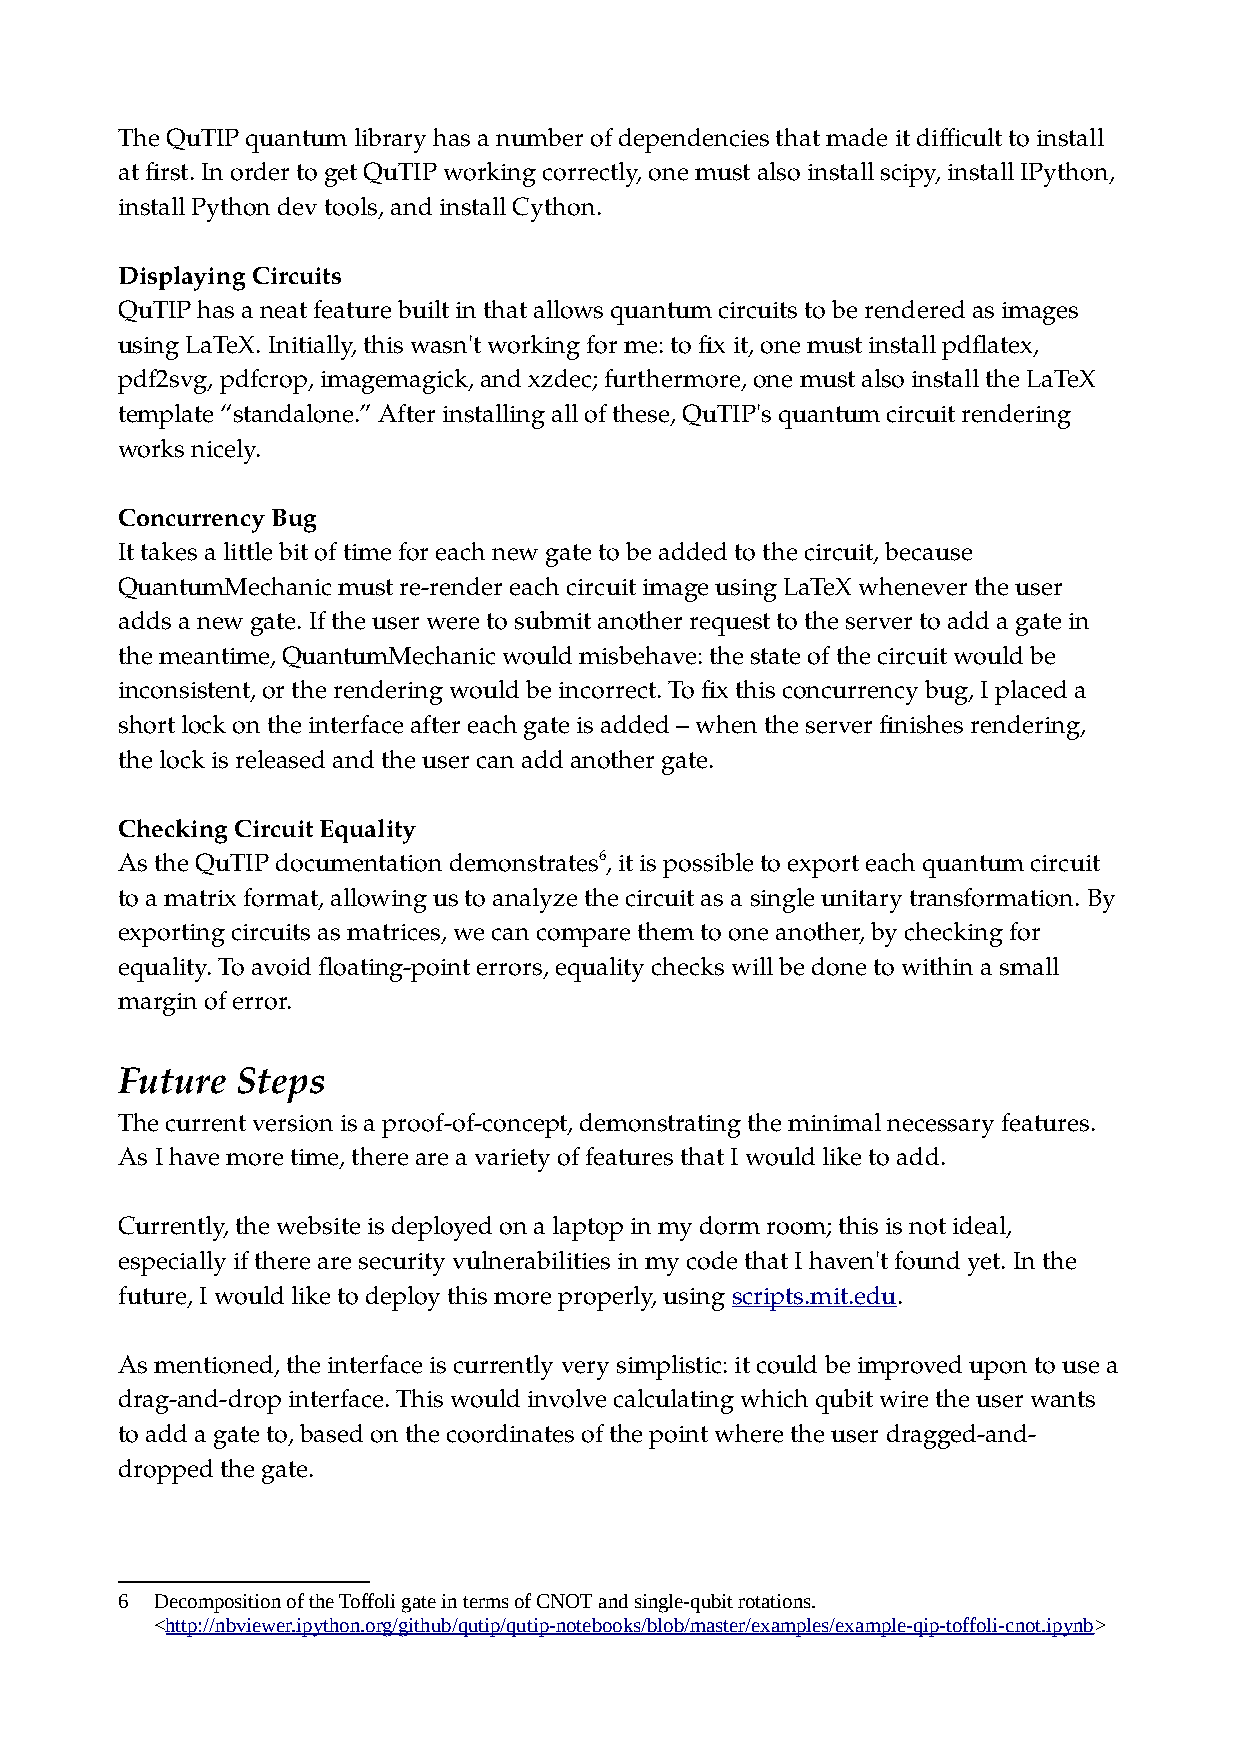
The QuTIP quantum library has a number of dependencies that made it difficult to install
 at first. In order to get QuTIP working correctly, one must also install scipy, install IPython,
 install Python dev tools, and install Cython.
 Displaying Circuits
 QuTIP has a neat feature built in that allows quantum circuits to be rendered as images
 using LaTeX. Initially, this wasn't working for me: to fix it, one must install pdflatex,
 pdf2svg, pdfcrop, imagemagick, and xzdec; furthermore, one must also install the LaTeX
 template “standalone.” After installing all of these, QuTIP's quantum circuit rendering
 works nicely.
 Concurrency Bug
 It takes a little bit of time for each new gate to be added to the circuit, because
 QuantumMechanic must re-render each circuit image using LaTeX whenever the user
 adds a new gate. If the user were to submit another request to the server to add a gate in
 the meantime, QuantumMechanic would misbehave: the state of the circuit would be
 inconsistent, or the rendering would be incorrect. To fix this concurrency bug, I placed a
 short lock on the interface after each gate is added – when the server finishes rendering,
 the lock is released and the user can add another gate.
 Checking Circuit Equality
 As the QuTIP documentation demonstrates6, it is possible to export each quantum circuit
 to a matrix format, allowing us to analyze the circuit as a single unitary transformation. By
 exporting circuits as matrices, we can compare them to one another, by checking for
 equality. To avoid floating-point errors, equality checks will be done to within a small
 margin of error.
 Future  Steps
 The current version is a proof-of-concept, demonstrating the minimal necessary features.
 As I have more time, there are a variety of features that I would like to add.
 Currently, the website is deployed on a laptop in my dorm room; this is not ideal,
 especially if there are security vulnerabilities in my code that I haven't found yet. In the
 future, I would like to deploy this more properly, using scripts.mit.edu.
 As mentioned, the interface is currently very simplistic: it could be improved upon to use a
 drag-and-drop interface. This would involve calculating which qubit wire the user wants
 to add a gate to, based on the coordinates of the point where the user dragged-and-
 dropped the gate.
 6 Decomposition of the Toffoli gate in terms of CNOT and single-qubit rotations.
 <http://nbviewer.ipython.org/github/qutip/qutip-notebooks/blob/master/examples/example-qip-toffoli-cnot.ipynb>